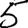
Digit: 5